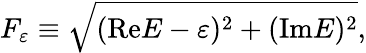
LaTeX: F_{\varepsilon}\equiv\sqrt{(\mathrm{Re}E-\varepsilon)^{2}+(\mathrm{Im}E)^{2}},